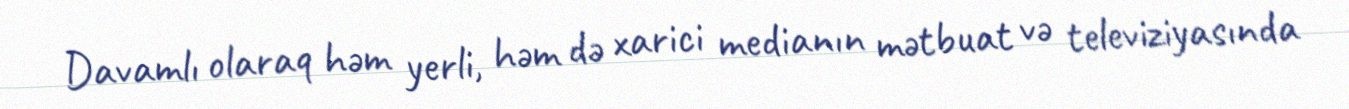
Davamlı olaraq həm yerli, həm də xarici medianın mətbuat və televiziyasında